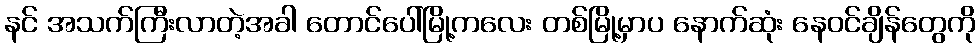
နင် အသက်ကြီးလာတဲ့အခါ တောင်ပေါ်မြို့ကလေး တစ်မြို့မှာပ နောက်ဆုံး နေဝင်ချိန်တွေကို